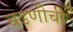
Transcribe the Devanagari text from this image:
चढणीची